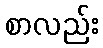
စာလည်း